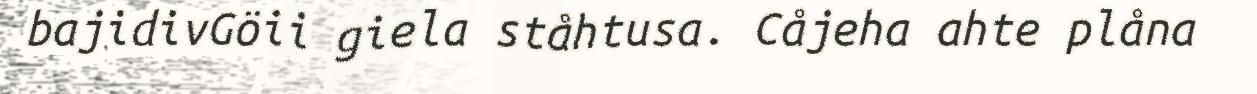
bajidivGöii giela ståhtusa. Cåjeha ahte plåna